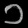
Digit: ၁